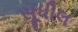
સૂધીલ